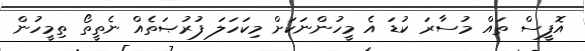
އޮފީސް ތައް މުސާރަ ކުޑަ އެ މީހުންނަކަށް މިކަހަލަ ފުރުޞަތެއް ނެތީތޯ ތިމީހުން